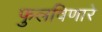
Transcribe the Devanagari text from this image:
फुलविणारे